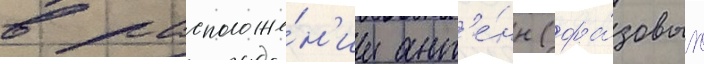
в расположе́н'ии ант'е́нн (фа́зовых